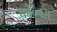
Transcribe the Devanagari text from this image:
कोन्चरा